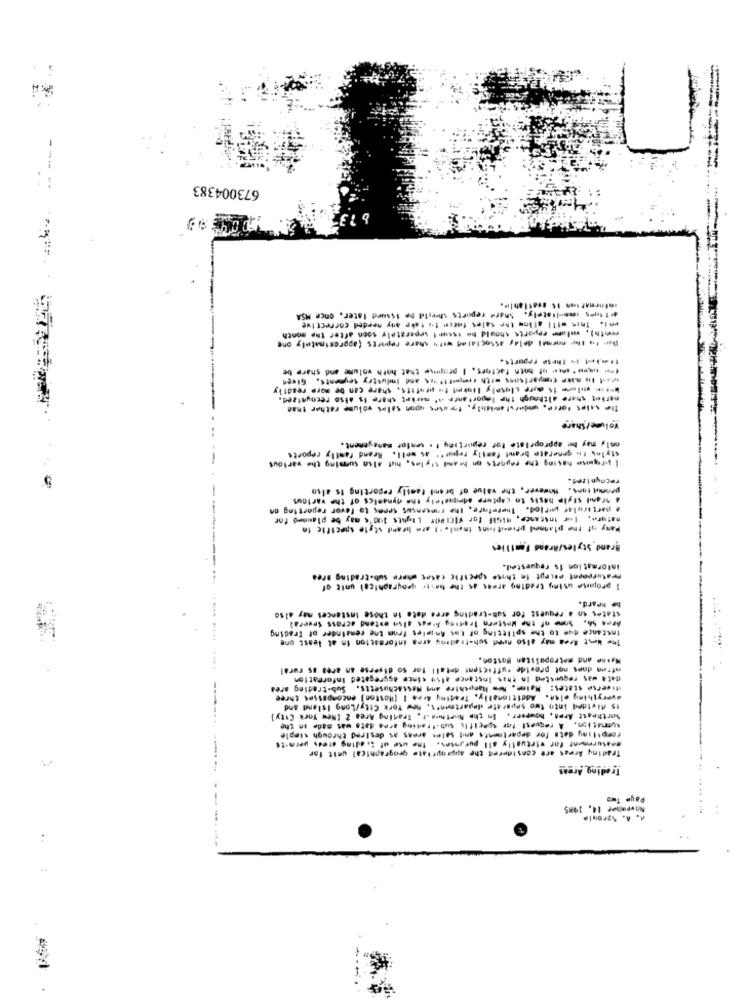
673004383
at Ines ins-liately. Share reports child be issued later, once MSA
eni. This will allow the sales force 1+ take any needed corrective
wwith), walume reports should ho isour! separately soon after the month
Der to The normal delay associated with share reports (approximately one
Uahet 1- These reports.
(* -* - of bath factors, I propose that hoth volume and share be
Med In mite comparisons orth competitors and industry Seyments, Given
Wat is voilure Is more closely linked to profits, share can be more readily
market share although the legortanfe off market share is also recognized.
The sales force, underslamithly, toutes upon sales volume rather than
volume/ Share
only may be appropriate for reporting t . senfor management.
stylns ti generate brand family repar". as well. Rrand family reports
--
I premio hasing the reports on hand Styles, hut also summing the various
recognized.
pronut ions. However, the value of brant family reporting is also
& hranil style basis to capture Mimpastely the dynamics of the various
a particular peflod. Therefore, the roncensus seems to favor reporting on
mature, lur Instance, MIGif for VicleOf Lights lu0's may be planned for
Pany of the planned priest loans Imuni. 'I arm bramil style specific in
Brand Styles/Arand Families
information is requestedl.
Praturement pscept in these specific cases where sub-trading pres
I propuse using trading areas as the haste geographical unit of
be heard.
states so a request for sub-trading area date in those instances may also
Instance que to the splitting of Int Anieles From the remainder of Trading
Arma 56. Some of the Western Irating Areas also extend across Several
Tow West Area ody also need suhatrading ares information in at least one
Meine and metropolitan Boston.
nffen does not provide sufficient detall for so diverse an area as rural
-------- ----- --.
dat 4 was requested In that Instance also since aggregated information
diverse states: Maine, Mom Hampshire and Massachusetts. Sub-trading ares
everything else. Additionally, Tradtmy Area I (Roston) encompasses three
15 divided into two separate departen's, new York City/Long Island and
forthpast Area, howpeer. In the Northma .t . Trading Area 2 [New York City]
summation. A request for specific sub-trading arma data was made in the
forpiliny dats for departments and sales areas as desired through simple
Trading Areas are considered the appropriate grisgraphical unit for
masurement for virtually all purposes. the use of Lading dredy permits
Treding Arges
Paye Two
November 14, 1985
A. A. Sproule